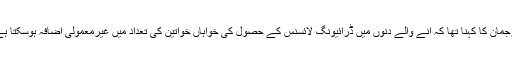
ترجمان کا کہنا تھا کہ آنے والے دنوں میں ڈرائیونگ لائسنس کے حصول کی خواہاں خواتین کی تعداد میں غیرمعمولی اضافہ ہوسکتا ہے۔